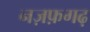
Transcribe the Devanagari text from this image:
नज़फ़गढ़